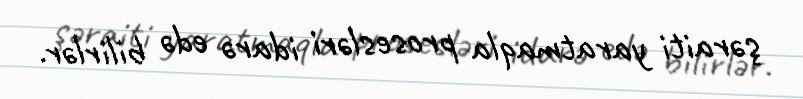
şəraiti yaratmaqla prosesləri idarə edə bilirlər.